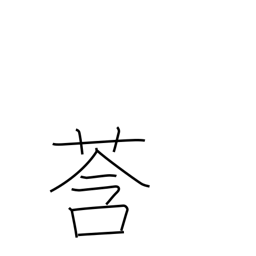
Meaning: bud (plant)